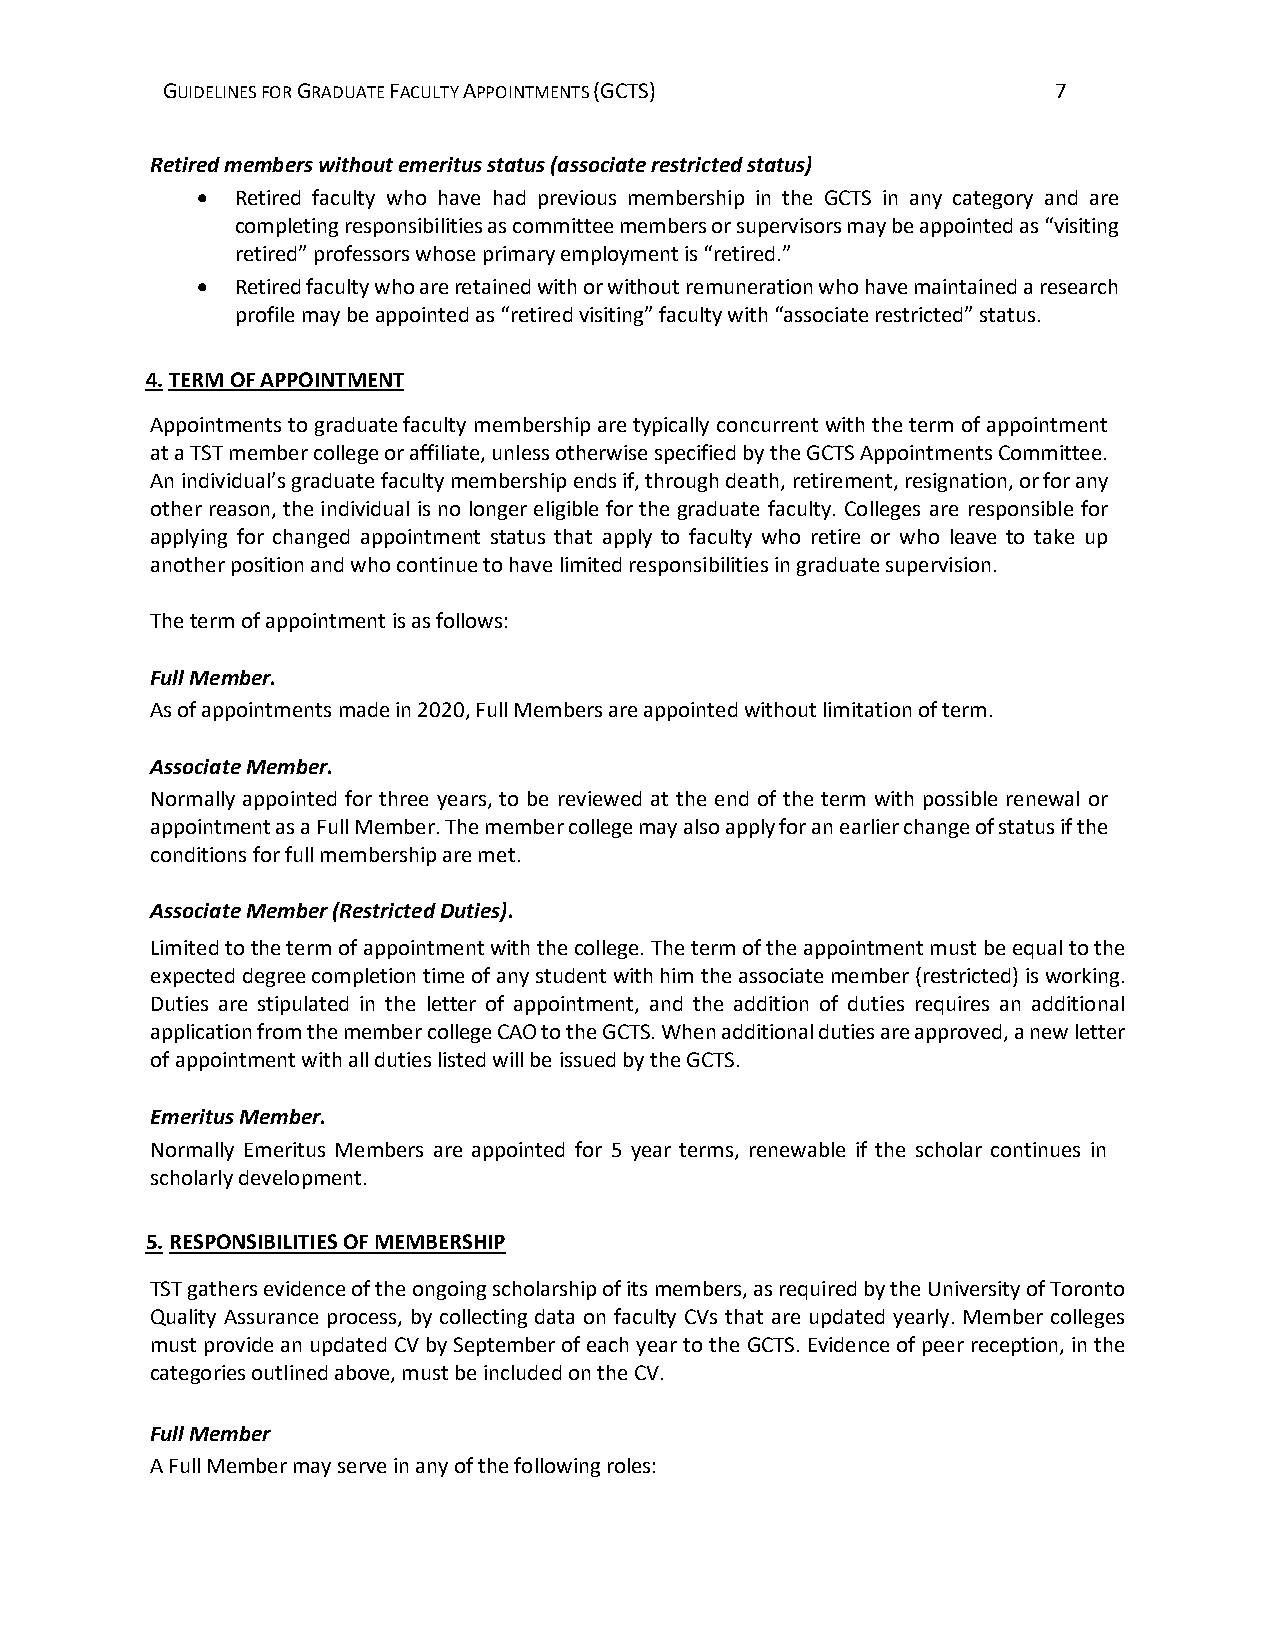
GUIDELINES FOR GRADUATE FACULTY APPOINTMENTS (GCTS)        7
 Retired members without emeritus status (associate restricted status)
 •  Retired faculty who have had previous membership in the GCTS in any category and are
 completing responsibilities as committee members or supervisors may be appointed as “visiting
 retired” professors whose primary employment is “retired.”
 •  Retired faculty who are retained with or without remuneration who have maintained a research
 profile may be appointed as “retired visiting” faculty with “associate restricted” status.
 4. TERM OF APPOINTMENT
 Appointments to graduate faculty membership are typically concurrent with the term of appointment
 at a TST member college or affiliate, unless otherwise specified by the GCTS Appointments Committee.
 An individual’s graduate faculty membership ends if, through death, retirement, resignation, or for any
 other reason, the individual is no longer eligible for the graduate faculty. Colleges are responsible for
 applying for changed appointment status that apply to faculty who retire or who leave to take up
 another position and who continue to have limited responsibilities in graduate supervision.
 The term of appointment is as follows:
 Full Member.
 As of appointments made in 2020, Full Members are appointed without limitation of term.
 Associate Member.
 Normally appointed for three years, to be reviewed at the end of the term with possible renewal or
 appointment as a Full Member. The member college may also apply for an earlier change of status if the
 conditions for full membership are met.
 Associate Member (Restricted Duties).
 Limited to the term of appointment with the college. The term of the appointment must be equal to the
 expected degree completion time of any student with him the associate member (restricted) is working.
 Duties are stipulated in the letter of appointment, and the addition of duties requires an additional
 application from the member college CAO to the GCTS. When additional duties are approved, a new letter
 of appointment with all duties listed will be issued by the GCTS.
 Emeritus Member.
 Normally Emeritus Members are appointed for 5 year terms, renewable if the scholar continues in
 scholarly development.
 5. RESPONSIBILITIES OF MEMBERSHIP
 TST gathers evidence of the ongoing scholarship of its members, as required by the University of Toronto
 Quality Assurance process, by collecting data on faculty CVs that are updated yearly. Member colleges
 must provide an updated CV by September of each year to the GCTS. Evidence of peer reception, in the
 categories outlined above, must be included on the CV.
 Full Member
 A Full Member may serve in any of the following roles: